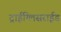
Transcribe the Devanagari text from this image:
ट्राईग्लिसराईड